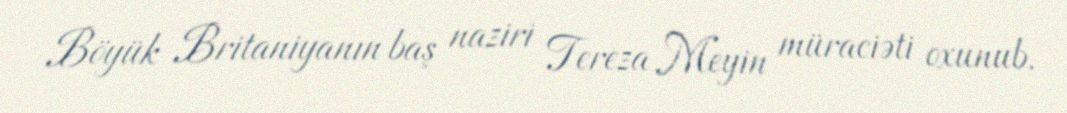
Böyük Britaniyanın baş naziri Tereza Meyin müraciəti oxunub.